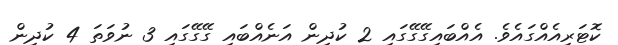
ކޮޓަރިއެއްގައެވެ. އެއްބައިގޭގޭގައި 2 ކުދިން އަނެއްބައި ގޭގޭގައި 3 ނުވަތަ 4 ކުދިން